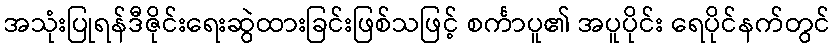
အသုံးပြုရန်ဒီဇိုင်းရေးဆွဲထားခြင်းဖြစ်သဖြင့် စင်္ကာပူ၏ အပူပိုင်း ရေပိုင်နက်တွင်